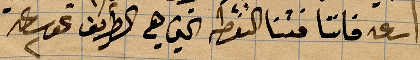
ساعة فاتنا فتنا النقطة التي هي الطريق نحو الساعة ٢